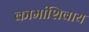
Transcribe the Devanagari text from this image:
कामांशिवाय